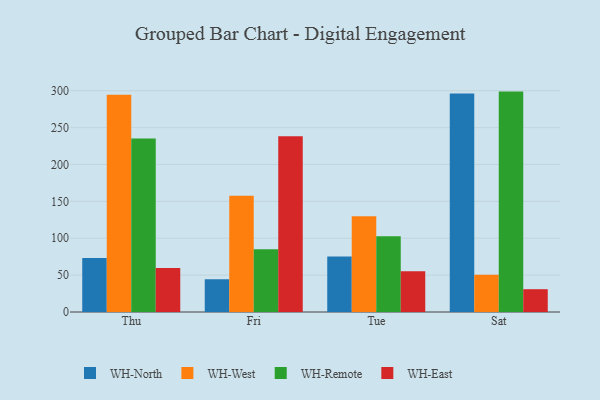
{"axis": {"x": "Day", "y": "Budget (USD K)"}, "legend": ["WH-East", "WH-North", "WH-Remote", "WH-West"], "data": [{"x": "Thu", "y": 73.2, "type": "WH-North"}, {"x": "Thu", "y": 294.4, "type": "WH-West"}, {"x": "Thu", "y": 235.1, "type": "WH-Remote"}, {"x": "Thu", "y": 59.6, "type": "WH-East"}, {"x": "Fri", "y": 44.4, "type": "WH-North"}, {"x": "Fri", "y": 157.5, "type": "WH-West"}, {"x": "Fri", "y": 85.1, "type": "WH-Remote"}, {"x": "Fri", "y": 238.1, "type": "WH-East"}, {"x": "Tue", "y": 75.4, "type": "WH-North"}, {"x": "Tue", "y": 129.8, "type": "WH-West"}, {"x": "Tue", "y": 102.7, "type": "WH-Remote"}, {"x": "Tue", "y": 55.2, "type": "WH-East"}, {"x": "Sat", "y": 296.3, "type": "WH-North"}, {"x": "Sat", "y": 50.6, "type": "WH-West"}, {"x": "Sat", "y": 298.8, "type": "WH-Remote"}, {"x": "Sat", "y": 30.9, "type": "WH-East"}]}